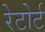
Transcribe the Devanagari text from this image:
रेटोर्ट